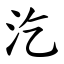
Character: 汔